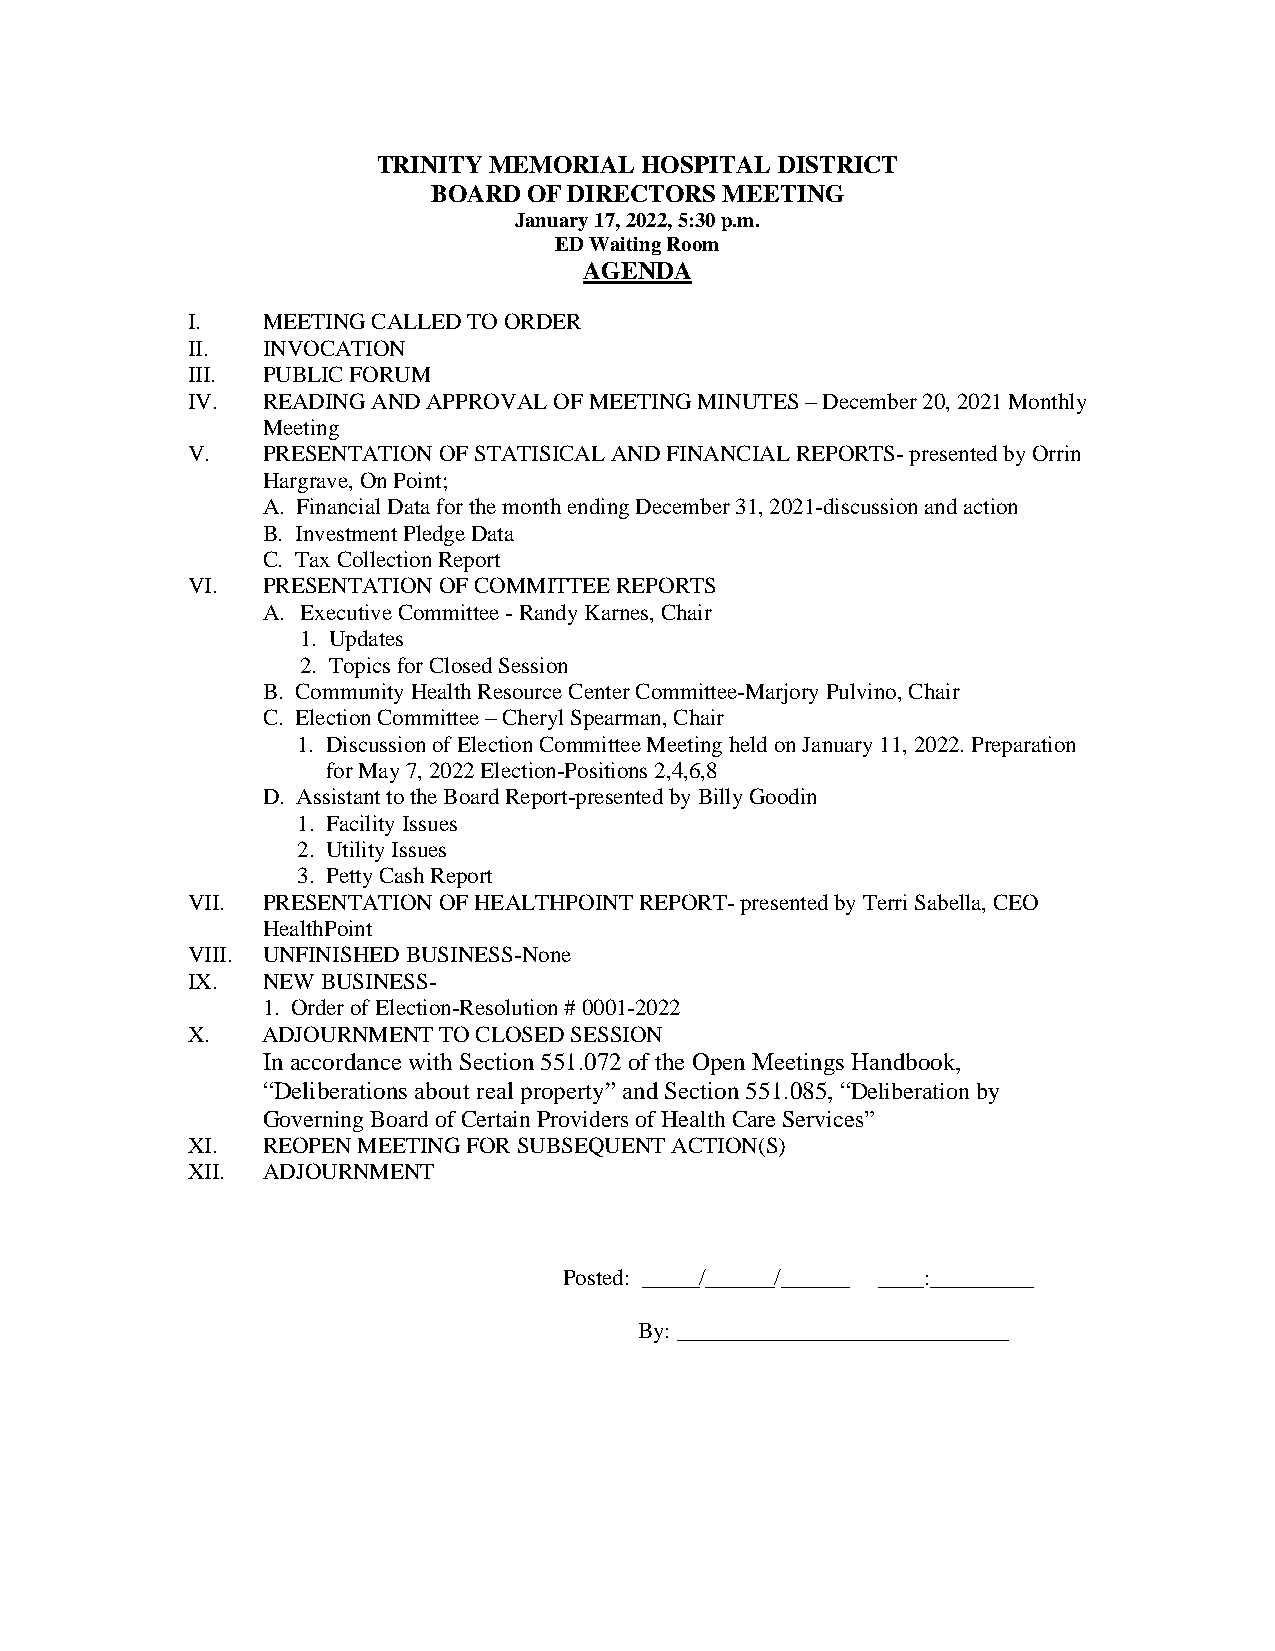
TRINITY MEMORIAL HOSPITAL DISTRICT
 BOARD OF DIRECTORS MEETING
 January 17, 2022, 5:30 p.m.
 ED Waiting Room
 AGENDA
 I.   MEETING CALLED TO ORDER
 II.  INVOCATION
 III. PUBLIC FORUM
 IV.  READING AND APPROVAL OF MEETING MINUTES – December 20, 2021 Monthly
 Meeting
 V.   PRESENTATION OF STATISICAL AND FINANCIAL REPORTS- presented by Orrin
 Hargrave, On Point;
 A. Financial Data for the month ending December 31, 2021-discussion and action
 B. Investment Pledge Data
 C. Tax Collection Report
 VI.  PRESENTATION OF COMMITTEE REPORTS
 A. Executive Committee - Randy Karnes, Chair
 1. Updates
 2. Topics for Closed Session
 B. Community Health Resource Center Committee-Marjory Pulvino, Chair
 C. Election Committee – Cheryl Spearman, Chair
 1. Discussion of Election Committee Meeting held on January 11, 2022. Preparation
 for May 7, 2022 Election-Positions 2,4,6,8
 D. Assistant to the Board Report-presented by Billy Goodin
 1. Facility Issues
 2. Utility Issues
 3. Petty Cash Report
 VII. PRESENTATION OF HEALTHPOINT REPORT- presented by Terri Sabella, CEO
 HealthPoint
 VIII. UNFINISHED BUSINESS-None
 IX.  NEW BUSINESS-
 1. Order of Election-Resolution # 0001-2022
 X.   ADJOURNMENT TO CLOSED SESSION
 In accordance with Section 551.072 of the Open Meetings Handbook,
 “Deliberations about real property” and Section 551.085, “Deliberation by
 Governing Board of Certain Providers of Health Care Services”
 XI.  REOPEN MEETING FOR SUBSEQUENT ACTION(S)
 XII. ADJOURNMENT
 Posted: _____/______/______ ____:_________
 By: _____________________________